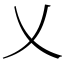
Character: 乂